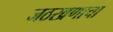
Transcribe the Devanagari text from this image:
जठरव्रणाचा